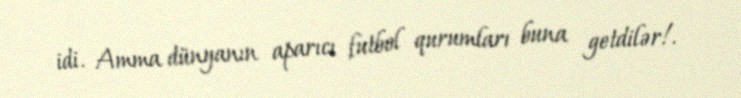
idi. Amma dünyanın aparıcı futbol qurumları buna getdilər!.